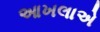
આખલાએ